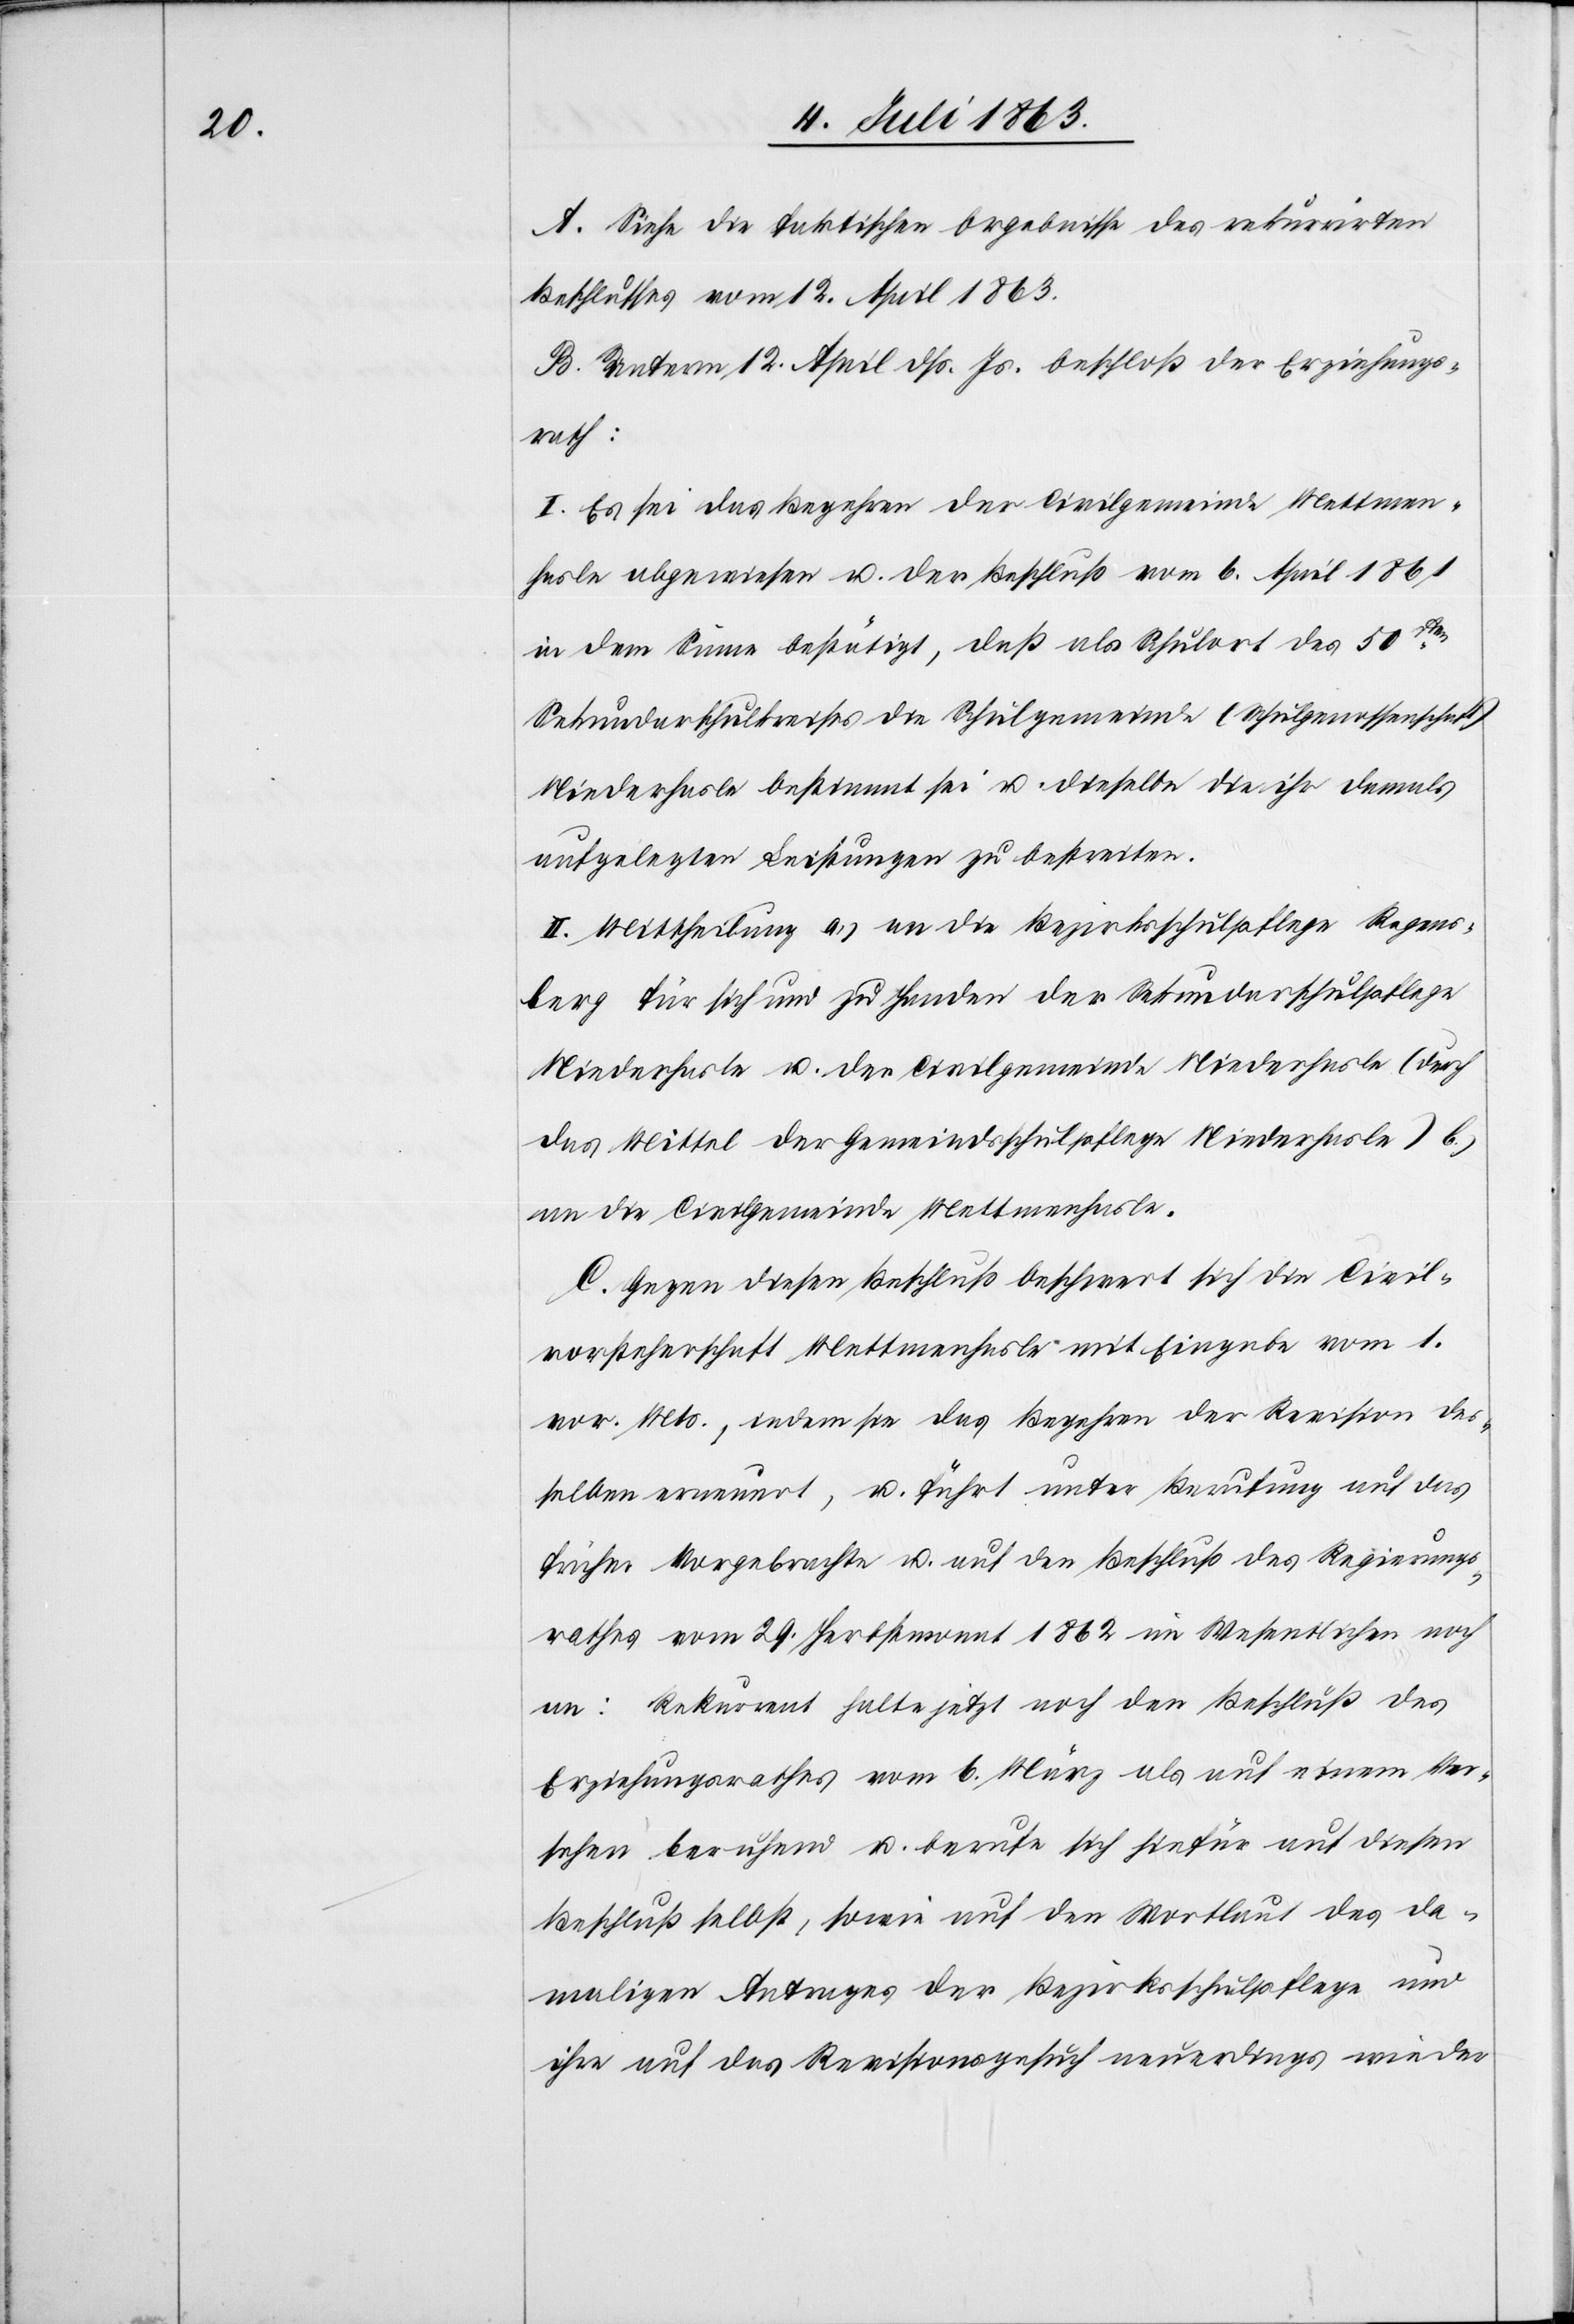
A. Siehe die faktischen Ergebnisse des rekurrirten
Beschlusses vom 12. April 1863.
B. Unterm 12. April dß. Js. beschloß der Erziehungs¬
rath:
I. Es sei das Begehren der Civilgemeinde Mettmen¬
hasle abgewiesen u. der Beschluß vom 6. April 1861
in dem Sinne bestätigt, daß als Schulort des 50sten
Sekundarschulkreises die Schulgemeinde (Schulgenossenschaft)
Niederhasle bestimmt sei u. dieselbe die ihr damals
aufgelegten Leistungen zu bestreiten.
II. Mittheilung a.) an die Bezirksschulpflege Regens¬
berg für sich und zu Handen der Sekundarschulpflege
Niederhasle u. der Civilgemeinde Niederhasle (durch
das Mittel der Gemeindsschulpflege Niederhasle) b.)
an die Civilgemeinde Mettmenhasle.
C. Gegen diesen Beschluß beschwert sich die Civil¬
vorsteherschaft Mettmenhasle mit Eingabe vom 1.
vor. Mts., indem sie das Begehren der Revision des¬
selben erneuert, u. führt unter Berufung auf das
früher Vorgebrachte u. auf den Beschluß des Regierungs¬
rathes vom 29. Herbstmonat 1862 im Wesentlichen noch
an: Rekurrent halte jetzt noch den Beschluß des
Erziehungsrathes vom 6. März als auf einem Ver¬
sehen beruhend u. berufe sich hiefür auf diesen
Beschluß selbst, sowie auf den Wortlaut des da¬
maligen Antrages der Bezirksschulpflege und
ihre auf das Revisionsgesuch neuerdings wieder